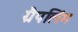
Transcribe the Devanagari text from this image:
ग्रैपलिंग